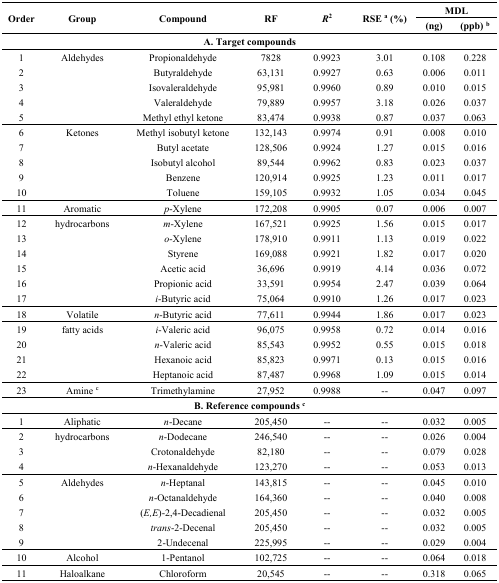
<table><thead><tr><td rowspan="2"><b>Order</b></td><td rowspan="2"><b>Group</b></td><td rowspan="2"><b>Compound</b></td><td rowspan="2"><b>RF</b></td><td rowspan="2"><b><i>R</i><sup>2</sup></b></td><td rowspan="2"><b>RSE <sup>a</sup> (%)</b></td><td colspan="2"><b>MDL</b></td></tr><tr><td><b>(ng)</b></td><td><b>(ppb) <sup>b</sup></b></td></tr></thead><tbody><tr><td colspan="8"><b>A. Target compounds</b></td></tr><tr><td>1</td><td>Aldehydes</td><td>Propionaldehyde</td><td>7828</td><td>0.9923</td><td>3.01</td><td>0.108</td><td>0.228</td></tr><tr><td>2</td><td></td><td>Butyraldehyde</td><td>63,131</td><td>0.9927</td><td>0.63</td><td>0.006</td><td>0.011</td></tr><tr><td>3</td><td></td><td>Isovaleraldehyde</td><td>95,981</td><td>0.9960</td><td>0.89</td><td>0.010</td><td>0.015</td></tr><tr><td>4</td><td></td><td>Valeraldehyde</td><td>79,889</td><td>0.9957</td><td>3.18</td><td>0.026</td><td>0.037</td></tr><tr><td>5</td><td></td><td>Methyl ethyl ketone</td><td>83,474</td><td>0.9938</td><td>0.87</td><td>0.037</td><td>0.063</td></tr><tr><td>6</td><td>Ketones</td><td>Methyl isobutyl ketone</td><td>132,143</td><td>0.9974</td><td>0.91</td><td>0.008</td><td>0.010</td></tr><tr><td>7</td><td></td><td>Butyl acetate</td><td>128,506</td><td>0.9924</td><td>1.27</td><td>0.015</td><td>0.016</td></tr><tr><td>8</td><td></td><td>Isobutyl alcohol</td><td>89,544</td><td>0.9962</td><td>0.83</td><td>0.023</td><td>0.037</td></tr><tr><td>9</td><td></td><td>Benzene</td><td>120,914</td><td>0.9925</td><td>1.23</td><td>0.011</td><td>0.017</td></tr><tr><td>10</td><td></td><td>Toluene</td><td>159,105</td><td>0.9932</td><td>1.05</td><td>0.034</td><td>0.045</td></tr><tr><td>11</td><td>Aromatic</td><td><i>p</i>-Xylene</td><td>172,208</td><td>0.9905</td><td>0.07</td><td>0.006</td><td>0.007</td></tr><tr><td>12</td><td>hydrocarbons</td><td><i>m</i>-Xylene</td><td>167,521</td><td>0.9925</td><td>1.56</td><td>0.015</td><td>0.017</td></tr><tr><td>13</td><td></td><td><i>o</i>-Xylene</td><td>178,910</td><td>0.9911</td><td>1.13</td><td>0.019</td><td>0.022</td></tr><tr><td>14</td><td></td><td>Styrene</td><td>169,088</td><td>0.9921</td><td>1.82</td><td>0.017</td><td>0.020</td></tr><tr><td>15</td><td></td><td>Acetic acid</td><td>36,696</td><td>0.9919</td><td>4.14</td><td>0.036</td><td>0.072</td></tr><tr><td>16</td><td></td><td>Propionic acid</td><td>33,591</td><td>0.9954</td><td>2.47</td><td>0.039</td><td>0.064</td></tr><tr><td>17</td><td></td><td><i>i</i>-Butyric acid</td><td>75,064</td><td>0.9910</td><td>1.26</td><td>0.017</td><td>0.023</td></tr><tr><td>18</td><td>Volatile</td><td><i>n</i>-Butyric acid</td><td>77,611</td><td>0.9944</td><td>1.86</td><td>0.017</td><td>0.023</td></tr><tr><td>19</td><td>fatty acids</td><td><i>i</i>-Valeric acid</td><td>96,075</td><td>0.9958</td><td>0.72</td><td>0.014</td><td>0.016</td></tr><tr><td>20</td><td></td><td><i>n</i>-Valeric acid</td><td>85,543</td><td>0.9952</td><td>0.55</td><td>0.015</td><td>0.018</td></tr><tr><td>21</td><td></td><td>Hexanoic acid</td><td>85,823</td><td>0.9971</td><td>0.13</td><td>0.015</td><td>0.016</td></tr><tr><td>22</td><td></td><td>Heptanoic acid</td><td>87,487</td><td>0.9968</td><td>1.09</td><td>0.015</td><td>0.014</td></tr><tr><td>23</td><td>Amine <sup>c</sup></td><td>Trimethylamine</td><td>27,952</td><td>0.9988</td><td>--</td><td>0.047</td><td>0.097</td></tr><tr><td colspan="8"><b>B. Reference compounds <sup>c</sup></b></td></tr><tr><td>1</td><td>Aliphatic</td><td><i>n</i>-Decane</td><td>205,450</td><td>--</td><td>--</td><td>0.032</td><td>0.005</td></tr><tr><td>2</td><td>hydrocarbons</td><td><i>n</i>-Dodecane</td><td>246,540</td><td>--</td><td>--</td><td>0.026</td><td>0.004</td></tr><tr><td>3</td><td></td><td>Crotonaldehyde</td><td>82,180</td><td>--</td><td>--</td><td>0.079</td><td>0.028</td></tr><tr><td>4</td><td></td><td><i>n</i>-Hexanaldehyde</td><td>123,270</td><td>--</td><td>--</td><td>0.053</td><td>0.013</td></tr><tr><td>5</td><td>Aldehydes</td><td><i>n</i>-Heptanal</td><td>143,815</td><td>--</td><td>--</td><td>0.045</td><td>0.010</td></tr><tr><td>6</td><td></td><td><i>n</i>-Octanaldehyde</td><td>164,360</td><td>--</td><td>--</td><td>0.040</td><td>0.008</td></tr><tr><td>7</td><td></td><td>(<i>E,E</i>)-2,4-Decadienal</td><td>205,450</td><td>--</td><td>--</td><td>0.032</td><td>0.005</td></tr><tr><td>8</td><td></td><td><i>trans</i>-2-Decenal</td><td>205,450</td><td>--</td><td>--</td><td>0.032</td><td>0.005</td></tr><tr><td>9</td><td></td><td>2-Undecenal</td><td>225,995</td><td>--</td><td>--</td><td>0.029</td><td>0.004</td></tr><tr><td>10</td><td>Alcohol</td><td>1-Pentanol</td><td>102,725</td><td>--</td><td>--</td><td>0.064</td><td>0.018</td></tr><tr><td>11</td><td>Haloalkane</td><td>Chloroform</td><td>20,545</td><td>--</td><td>--</td><td>0.318</td><td>0.065</td></tr></tbody></table>